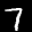
Label: 7